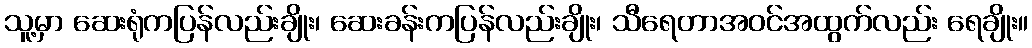
သူ့မှာ ဆေးရုံကပြန်လည်းချိုး၊ ဆေးခန်းကပြန်လည်းချိုး၊ သီရေတာအဝင်အထွက်လည်း ရေချိုး။